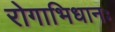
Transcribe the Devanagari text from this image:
रोगाभिधानः